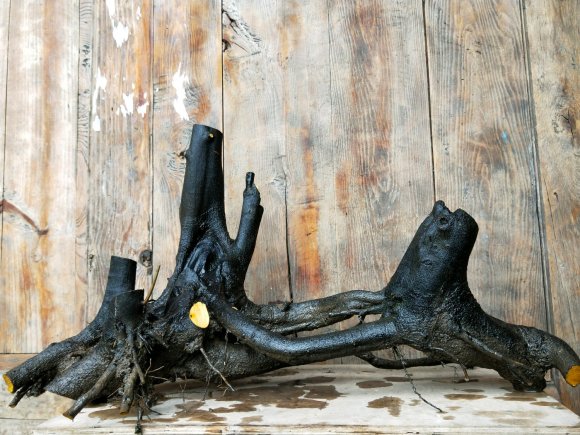
镜中已觉星星误。人不负春春自负。